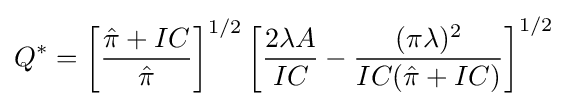
Q^{*}=\left[{\frac {{\hat {\pi }}+IC}{\hat {\pi }}}\right]^{1/2}\left[{\frac {2\lambda A}{IC}}-{\frac {(\pi \lambda )^{2}}{IC({\hat {\pi }}+IC)}}\right]^{1/2}